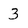
Character: 3